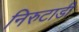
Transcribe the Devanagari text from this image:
निरुटाडी